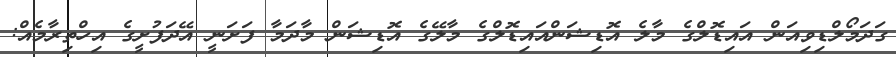
ގަދަމޯލްޑިވިއަން އައިޑޮލްގެ މާލެ އޮޑިޝަންއައިޑޮލްގެ މާލޭގެ އޮޑިޝަން މާދަމާ ފަށަނީ އޭދަފުށީގެ އިހްތިރާމެއް: